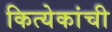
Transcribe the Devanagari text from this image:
कित्येकांची